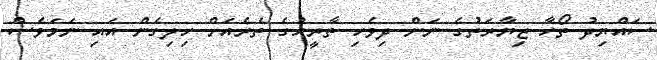
ސައްޔިދު ތޯހާ ޒިޔާރަތުގެ ނަން ދިވެހި ތާރީހުގެ ތެރެއަށް ހިލިގެން އައި ނަމަވެސް